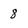
Character: 8